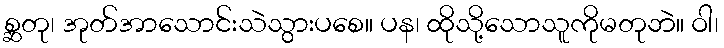
စ္ဆတု၊ အုတ်အာသောင်းသဲသွားပစေ။ ပန၊ ထိုသို့သောသူကိုမတုဘဲ။ ဝါ၊